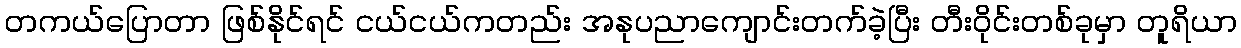
တကယ်ပြောတာ ဖြစ်နိုင်ရင် ငယ်ငယ်ကတည်း အနုပညာကျောင်းတက်ခဲ့ပြီး တီးဝိုင်းတစ်ခုမှာ တူရိယာ